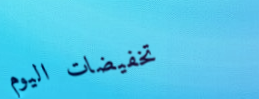
تخفيضات اليوم